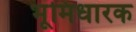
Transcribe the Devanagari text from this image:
भूमिधारक